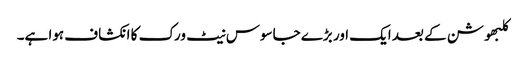
کلبھوشن کے بعد ایک اور بڑے جاسوس نیٹ ورک کا انکشاف ہوا ہے۔